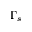
\Gamma _ { s }